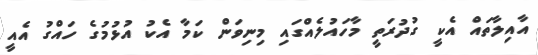
އާއިލާތައްް އެކީ ގުދުރަތީ މާހައުލެއްގައި މިނިވަން ކަމާ އެކު އުޅުމުގެ ހައްްގު އެއީ